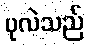
ပုလဲသည်